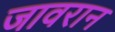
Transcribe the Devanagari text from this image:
जावरान